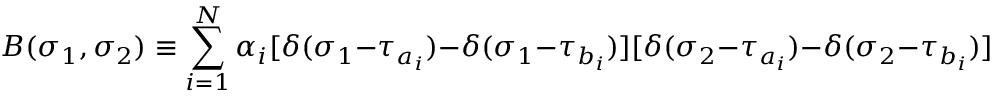
B ( \sigma _ { 1 } , \sigma _ { 2 } ) \equiv \sum _ { i = 1 } ^ { N } \alpha _ { i } [ \delta ( \sigma _ { 1 } - \tau _ { a _ { i } } ) - \delta ( \sigma _ { 1 } - \tau _ { b _ { i } } ) ] [ \delta ( \sigma _ { 2 } - \tau _ { a _ { i } } ) - \delta ( \sigma _ { 2 } - \tau _ { b _ { i } } ) ]